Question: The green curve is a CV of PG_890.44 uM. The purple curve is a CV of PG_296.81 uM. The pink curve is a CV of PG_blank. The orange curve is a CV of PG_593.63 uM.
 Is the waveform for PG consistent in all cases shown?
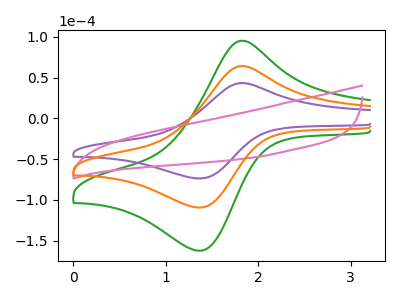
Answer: <think>The green curve "PG_890.44 uM" has an anodic peak at (1.80V, 128.35uA) and a cathodic peak at (1.35V, -218.90uA). The purple curve "PG_296.81 uM" has an anodic peak at (1.80V, 43.25uA) and a cathodic peak at (1.35V, -73.75uA). The pink curve "PG_blank" has no peaks. The orange curve "PG_593.63 uM" has an anodic peak at (1.80V, 64.15uA) and a cathodic peak at (1.35V, -109.45uA).
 All the peaks in "PG_890.44 uM" have a peak in "PG_296.81 uM" at the same potential. Every peak in "PG_890.44 uM" is higher than every peak in "PG_296.81 uM". "PG_890.44 uM" and "PG_blank" have a different number of peaks. All the peaks in "PG_890.44 uM" have a peak in "PG_593.63 uM" at the same potential. Every peak in "PG_890.44 uM" is higher than every peak in "PG_593.63 uM". "PG_296.81 uM" and "PG_blank" have a different number of peaks. All the peaks in "PG_296.81 uM" have a peak in "PG_593.63 uM" at the same potential. Every peak in "PG_296.81 uM" is lower than every peak in "PG_593.63 uM". "PG_blank" and "PG_593.63 uM" have a different number of peaks.</think>
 <answer>All the CV's of "PG" have similar shape.</answer>
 <eval>follow_rule</eval>